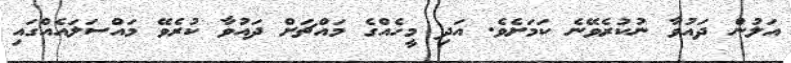
އަލުން ދައުވާ ނުކުރެވޭނެ ކަމަށެވެ. އަދި މީހެއްގެ މައްޗަށް ދައުވާ ކުރެވޭ މައްސަލައެއްގައި